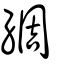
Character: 綢